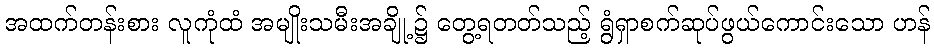
အထက်တန်းစား လူကုံထံ အမျိုးသမီးအချို့၌ တွေ့ရတတ်သည့် ရွံရှာစက်ဆုပ်ဖွယ်ကောင်းသော ဟန်